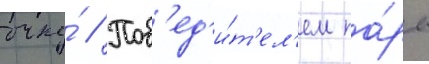
очку́ // Поб'ед'и́т'ел'ем па́ры